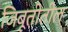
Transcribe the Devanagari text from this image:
जिबूतीतील